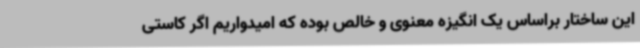
این ساختار براساس یک انگیزه معنوی و خالص بوده که امیدواریم اگر کاستی